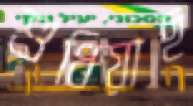
শুধিয়াছ